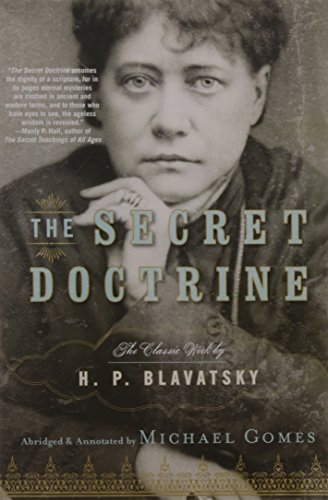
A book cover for The Secret Doctrine; H.P. Blavatsky; Religion & Spirituality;